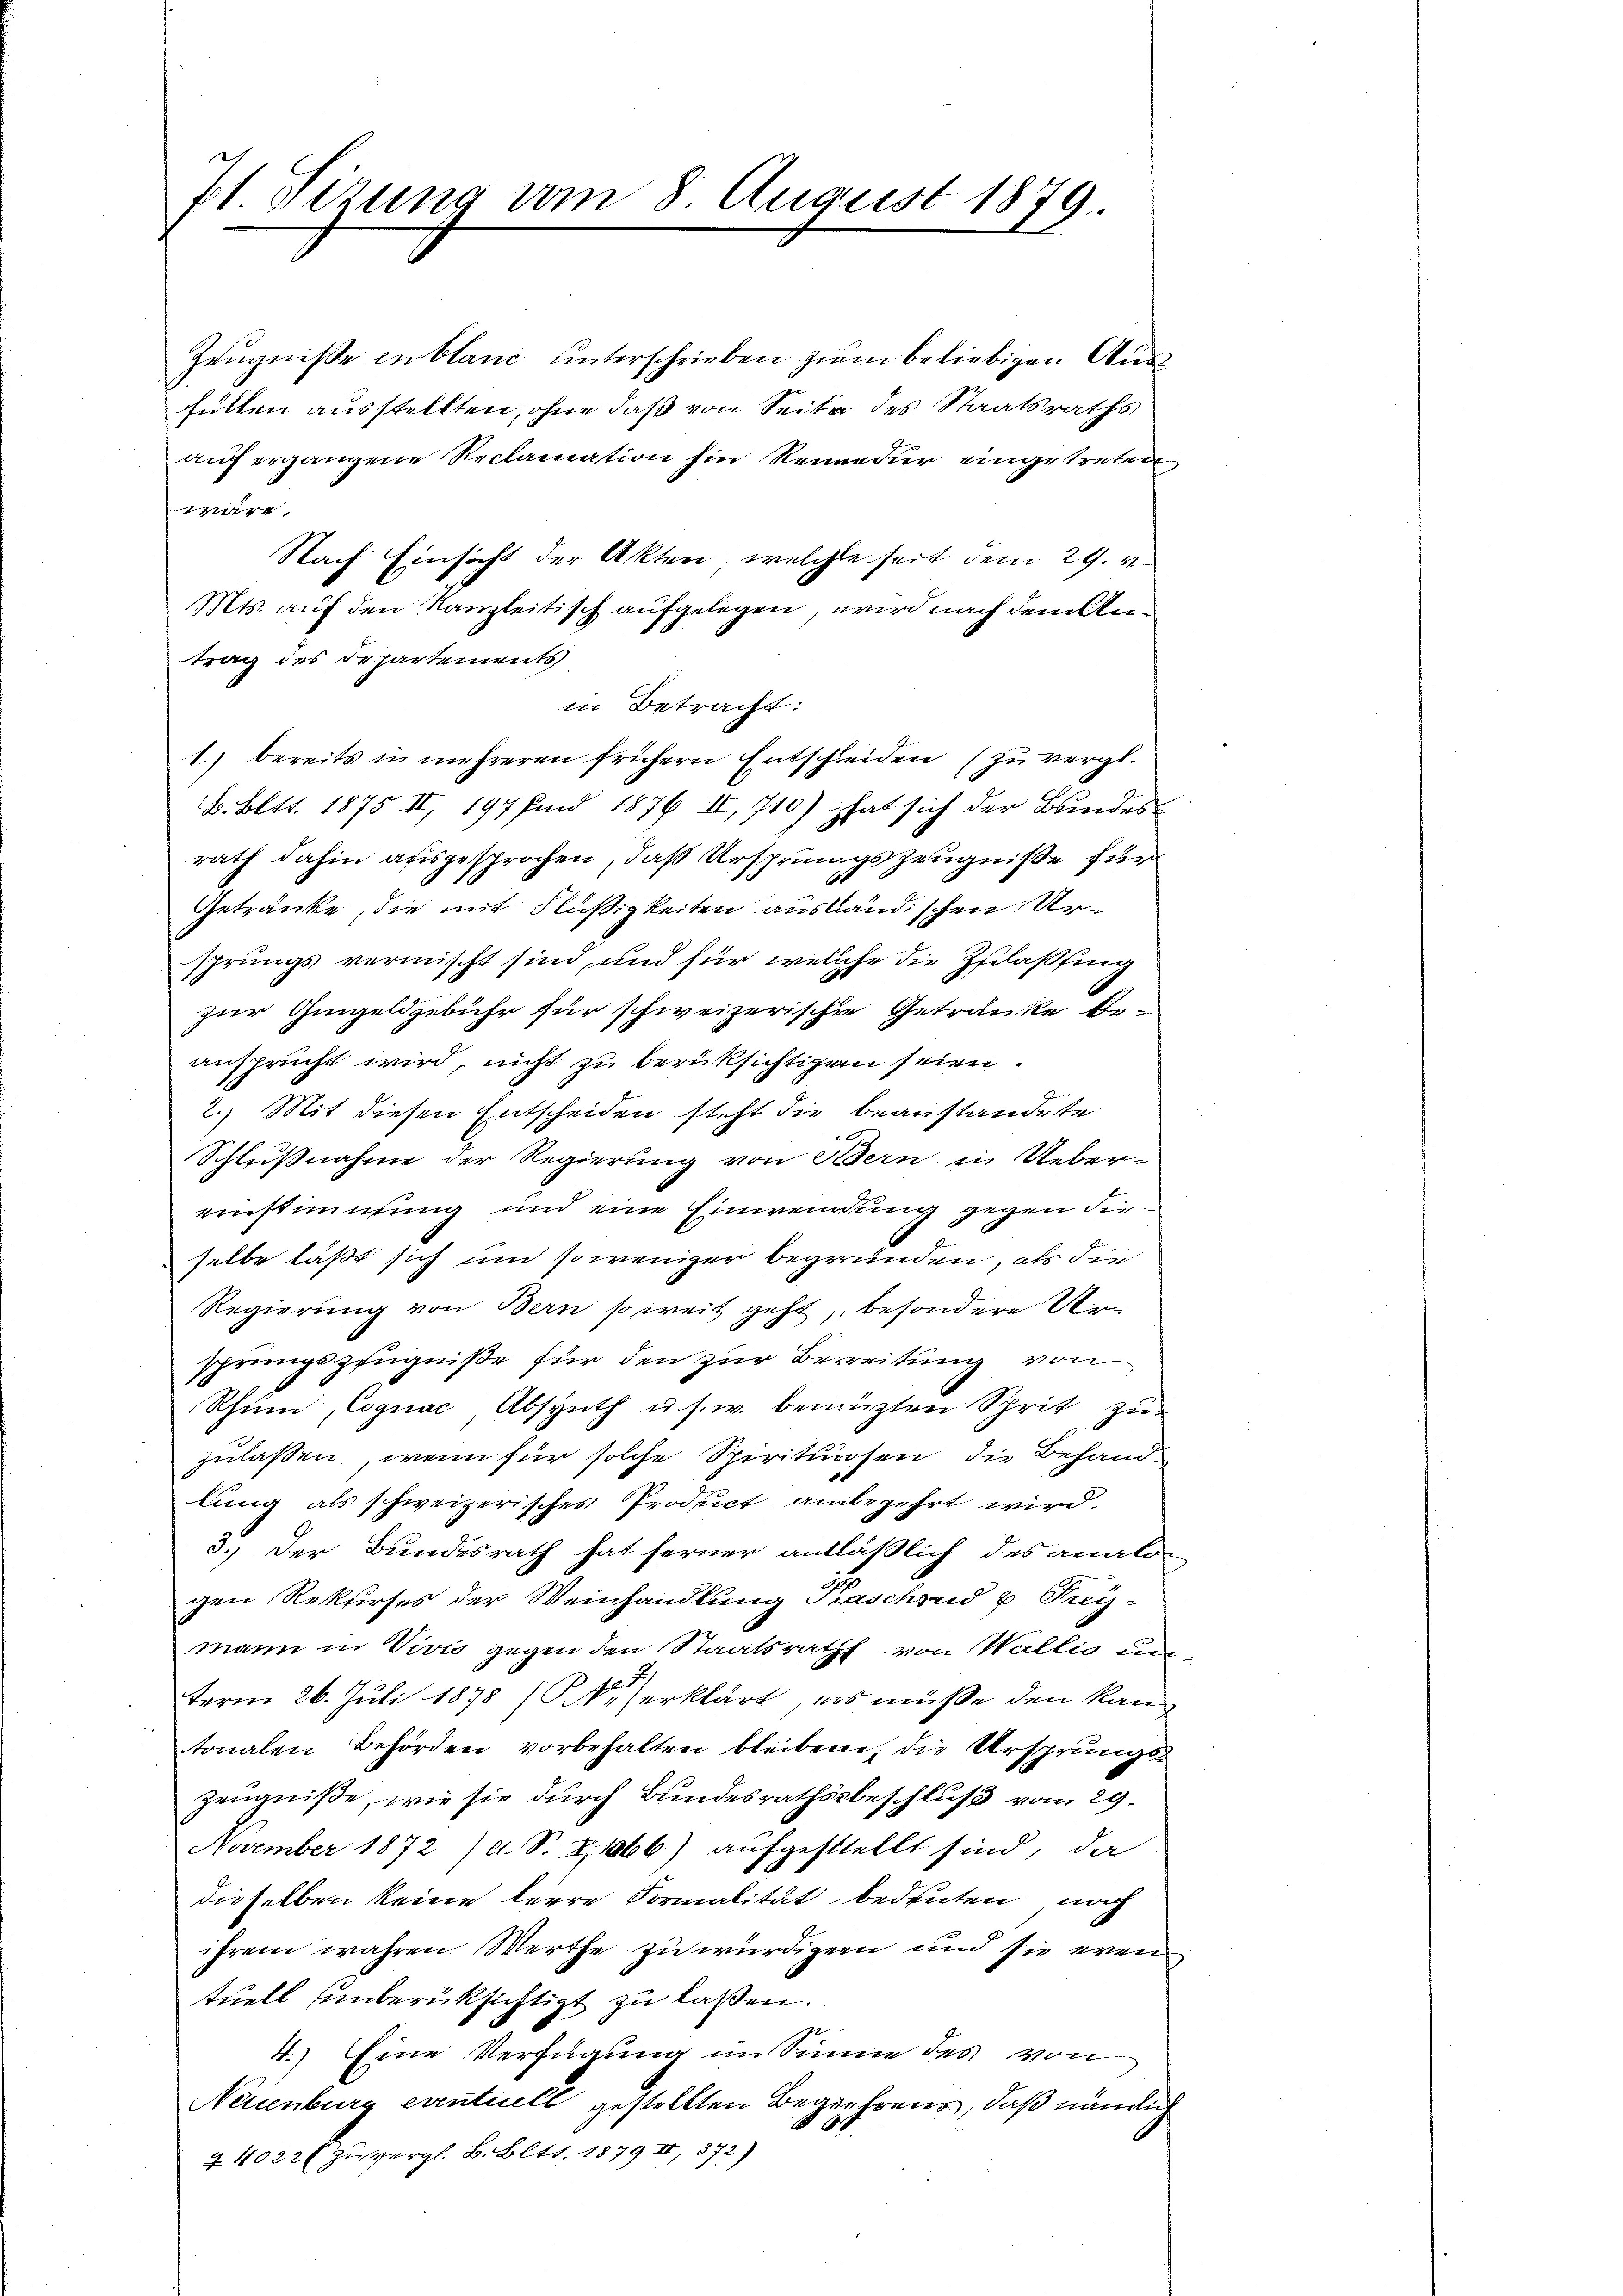
71 Sizung am 8. August 1879.

Zeugniße en blanc unterschrieben zum beliebigen Ausfüllen ausstellten, ohne daß von Seite des Staatsraths
auf ergangene Reclamation hin Rennedur eingetreten
ziere
Nach Einsicht der Akten, welche seit dem 29. v.
Mts. auf den Kanzleitisch aufgelegen, wird nach dem Antrag des Departements
in Betracht:
1.) bereits in mehreren frühern Entscheiden (zu vergl.
B. Bett. 1875 II, 197 sind 1876 III, 710) hat sich der Bundes-
rath dahin ausgesprochen, daß Ursprungszeugniße für
Getränke, die mit Flüßigkeiten ausländischen Ursprungs vermischt sind, und für welche die Zulaßfing
zur Gingeldgebühr für schweizerische Getränke beansprucht wird, nicht zu berüksichtigen seien.
2.) Mit diesen Entscheiden steht die beanstandete
2
Schlußnahme der Regierung von Bern in Ueber-
einstimmung und eine Einwendung gegen dieselbe läßt sich um so weniger begründen, als die
Regierung von Bern so weit geht, besondere Unsprungszeugniße für den zur Bereitung von
Rhum, Cognac, Absynth u. s. w. bemühten Sprit zu
zulassen, wenn für solche Spirituosen, die Behandlung als schweizerisches Product anbegehrt wird.
3.) Der Bundesrath hat ferner anläßlich des analogen Rekurses der Weinhandlung Paschend u. Frey-
mann in Vivis gegen den Staatsraths von Wallis un
term 26. Juli 1878 (1 erklärt, es müße den kan
tonalen Behörden vorbehalten bleiben, die Ursprungs¬
Zeugniße, wie sie durch Bundesrathsbeschluß vom 29.
November 1872 /d. S. Z. 1066) aufgestellt sind, da
dieselben keine Herre Formalität bedeuten, noch
ihrem wahren Werthe zu würdigen und sie even
tuell Einberücksichtigt zu laßen.
4.) Eine Verfügung im Sinne des von
Neuenburg eventiell gestellten Begehrens, daß nämlich
44022 zu vergl. B. Bett. 1879 II 372)